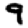
Digit: 9